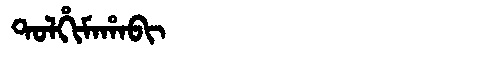
Manchu: ᡨᠣᠯᡥᡳᠮᠠᡥᠠᠪᡳ
Romanization: TOLHIMAHABI